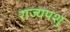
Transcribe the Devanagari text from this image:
राज्यपशु